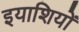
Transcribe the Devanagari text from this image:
इयाशियों